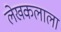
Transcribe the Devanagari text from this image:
लेखकलाला